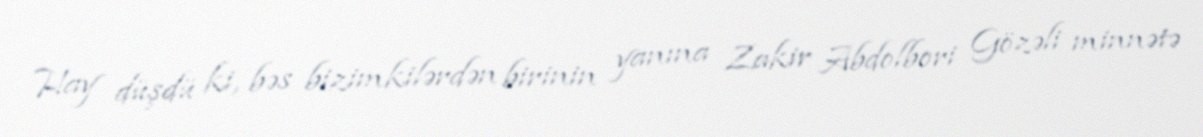
Hay düşdü ki, bəs bizimkilərdən birinin yanına Zakir Abdolbori Gözəli minnətə